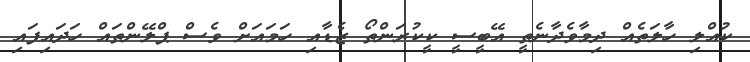
ކުއްލި ހާލަތެއް ދިމާވެދާނެތީ އޭބީސީ ކީކުރަންތޯ ޒެޑާއި ހަމައަށް ވެސް ޕްލޭންތައް ހަދައިފައި